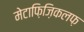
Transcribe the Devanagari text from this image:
मेटाफ़िज़िकलफ़